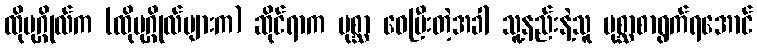
ထိုပုဂ္ဂိုလ်က (ထိုပုဂ္ဂိုလ်များက) ဆိုင်ရာက ပုစ္ဆာ ဝေပြီးတဲ့အခါ သူ့နည်းနဲ့သူ ပုစ္ဆာစာရွက်ရအောင်